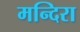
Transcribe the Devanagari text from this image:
मन्दिरा